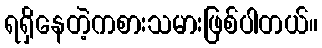
ရရှိနေတဲ့ကစားသမားဖြစ်ပါတယ်။